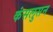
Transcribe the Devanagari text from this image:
कंसलुसन